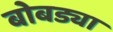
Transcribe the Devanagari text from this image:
बोबड्या